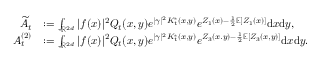
\begin{array} { r l } { \widetilde A _ { t } } & { : = \int _ { { \ensuremath { \mathbb R } } ^ { 2 d } } | f ( x ) | ^ { 2 } Q _ { t } ( x , y ) e ^ { | \gamma | ^ { 2 } K _ { t } ^ { * } ( x , y ) } e ^ { Z _ { 1 } ( x ) - \frac { 1 } { 2 } { \ensuremath { \mathbb E } } [ Z _ { 1 } ( x ) ] } \mathrm { d } x \mathrm { d } y , } \\ { A _ { t } ^ { ( 2 ) } } & { : = \int _ { { \ensuremath { \mathbb R } } ^ { 2 d } } | f ( x ) | ^ { 2 } Q _ { t } ( x , y ) e ^ { | \gamma | ^ { 2 } K _ { t } ^ { * } ( x , y ) } e ^ { Z _ { 3 } ( x . y ) - \frac { 1 } { 2 } { \ensuremath { \mathbb E } } [ Z _ { 3 } ( x , y ) ] } \mathrm { d } x \mathrm { d } y . } \end{array}